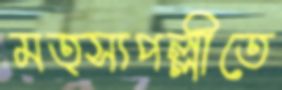
মত্স্যপল্লীতে